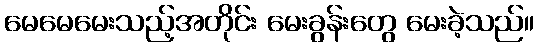
မေမေမေးသည့်အတိုင်း မေးခွန်းတွေ မေးခဲ့သည်။